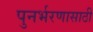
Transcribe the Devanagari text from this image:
पुनर्भरणासाठी